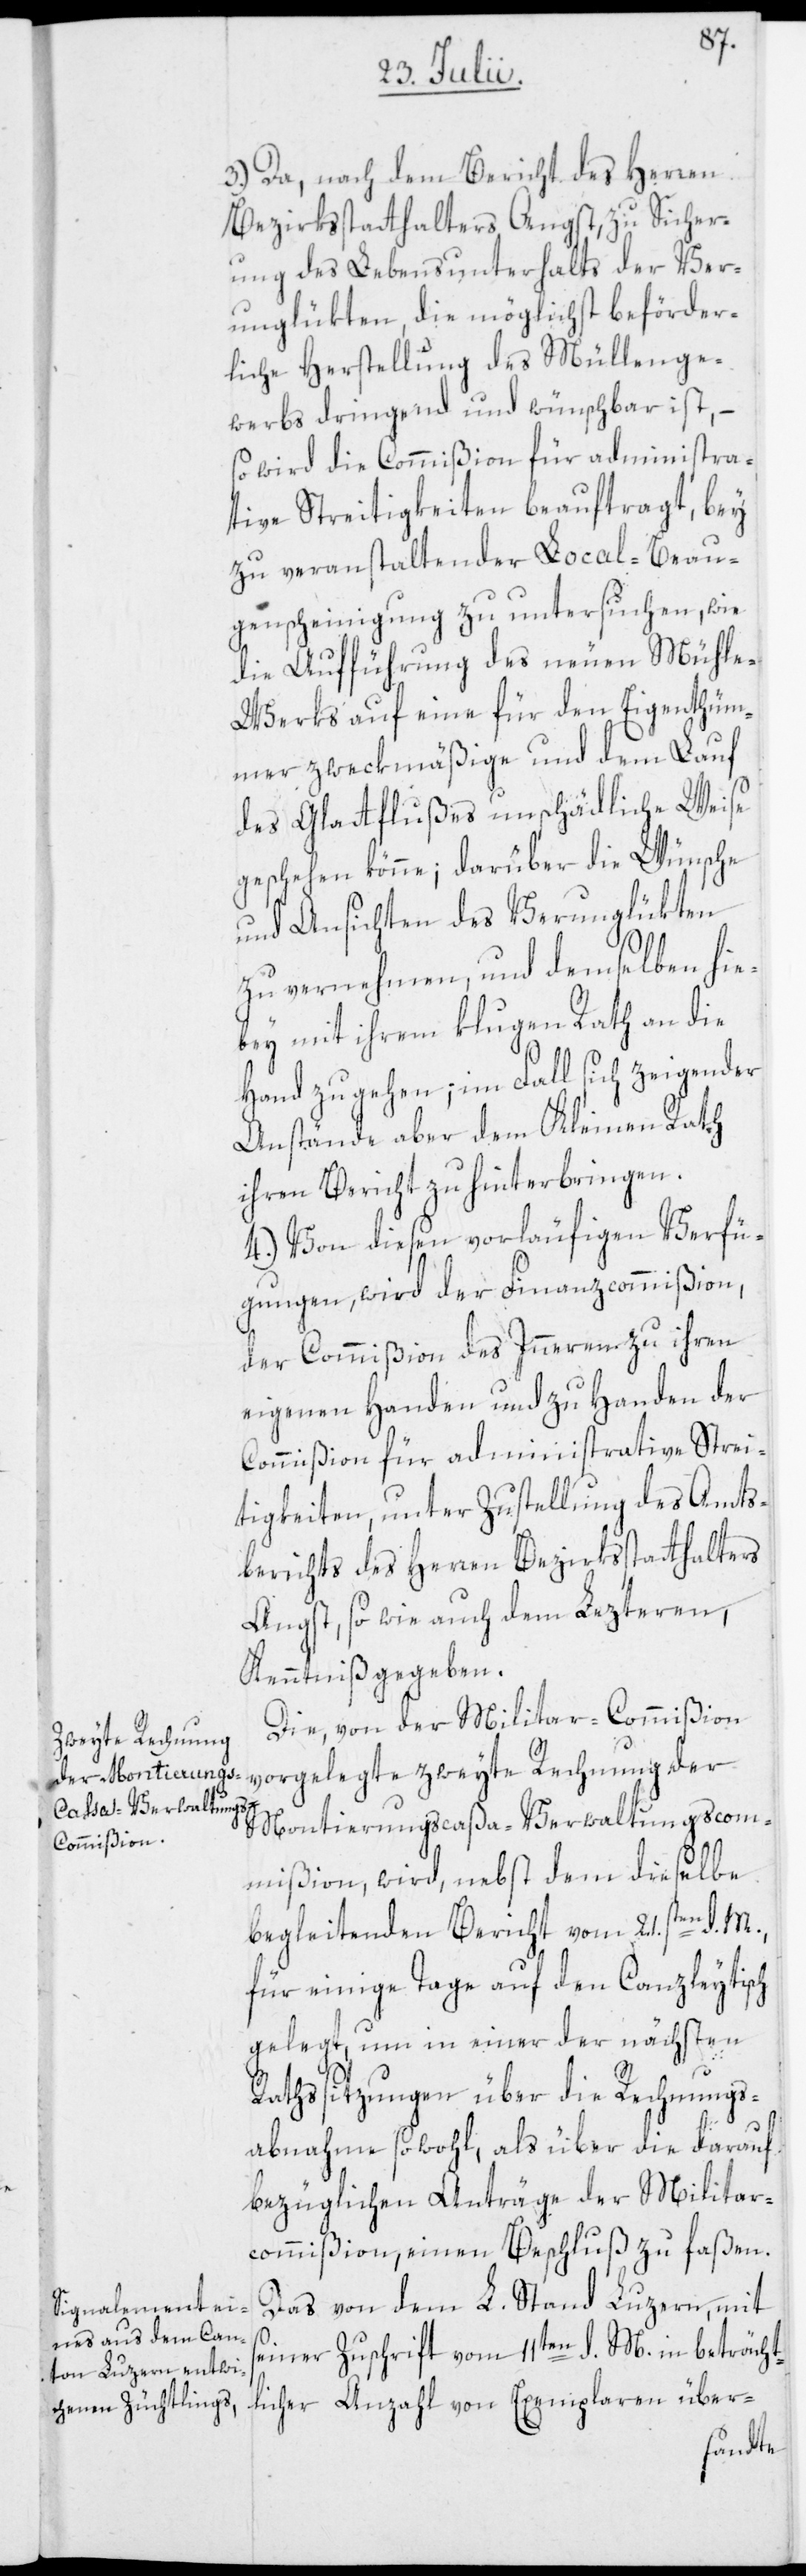
3.) Da, nach dem Bericht des Herren
Bezirksstatthalters Angst, zu Sicher¬
ung des Lebensunterhalts der Ver¬
unglükten, die möglichst beförder¬
liche Herstellung des Müllenge¬
werbs dringend und wünschbar ist, –
so wird die Commißion für administra¬
tive Streitigkeiten beauftragt, bey
zu veranstaltender Local-Beau¬
genscheinigung zu untersuchen, wie
die Aufführung des neuen Mühl¬
e-Werks auf eine für den Eigenthüm¬
mer zweckmäßige und dem Lauf
des Glattflußes unschädliche Weise
geschehen könne; darüber die Wünsche
und Ansichten des Verunglükten
zu vernehmen, und demselben hie¬
bey mit ihrem klugen Rath an die
Hand zu gehen; im Fall sich zeigender
Anstände aber dem Kleinen Rath
ihren Bericht zu hinterbringen.
4.) Von diesen vorläufigen Verfü¬
gungen, wird der Finanzcommißion,
der Commißion des Inneren zu ihren
eigenen Handen und zu Handen der
Commißion für administrative Strei¬
tigkeiten, unter Zustellung des Amts¬
berichts des Herren Bezirksstatthalters
Angst, so wie auch dem Lezteren,
Kenntniß gegeben.
Die, von der Militar-Commißion
vorgelegte zweyte Rechnung der
Montierungscaßa-Verwaltungscom¬
mißion, wird, nebst dem dieselbe
begleitenden Bericht vom 21sten. d. M.,
für einige Tage auf den Canzleytisch
gelegt, um in einer der nächsten
s¬
Rathssitzungen über die Rechnungs¬
abnahme sowohl, als über die darauf
bezüglichen Anträge der Militar¬
commißion, einen Beschluß zu faßen.
Das von dem L. Stand Luzern, mit
einer Zuschrift vom 11ten d. M. in beträcht¬
licher Anzahl von Exemplaren über-